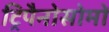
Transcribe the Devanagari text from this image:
ट्रिपैनोसोमों